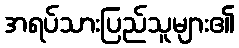
အရပ်သားပြည်သူများ၏